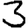
Digit: 3